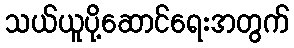
သယ်ယူပို့ဆောင်ရေးအတွက်